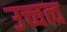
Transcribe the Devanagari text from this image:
उच्चत्व